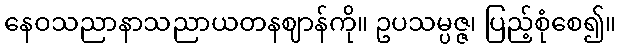
နေဝသညာနာသညာယတနဈာန်ကို။ ဥပသမ္ပဇ္ဇ၊ ပြည့်စုံစေ၍။